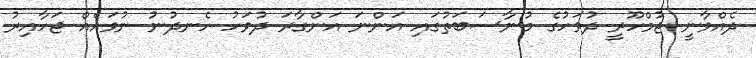
ދެއްވާނީ ޖުމްހޫރީ ދުވަހުގެ މުނާސަބަތުގައި އަންނަ އަންގާރަ ދުވަހު ހެނދުނު ނުވައެއް ޖަހާއިރު